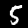
Label: 5